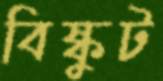
বিষ্কুট